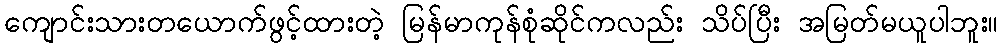
ကျောင်းသားတယောက်ဖွင့်ထားတဲ့ မြန်မာကုန်စုံဆိုင်ကလည်း သိပ်ပြီး အမြတ်မယူပါဘူး။